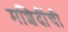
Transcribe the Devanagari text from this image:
मशिदींची